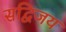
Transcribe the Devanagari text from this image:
सद्विजय